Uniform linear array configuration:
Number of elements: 16
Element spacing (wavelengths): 0.75
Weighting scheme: uniform
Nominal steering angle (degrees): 0
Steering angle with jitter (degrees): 0.6362
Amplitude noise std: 0.05
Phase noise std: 0.05

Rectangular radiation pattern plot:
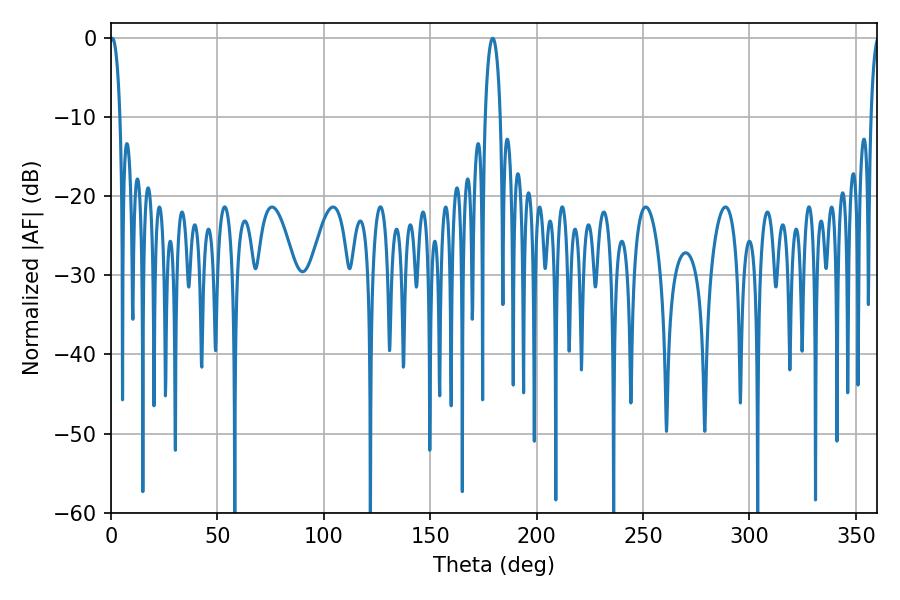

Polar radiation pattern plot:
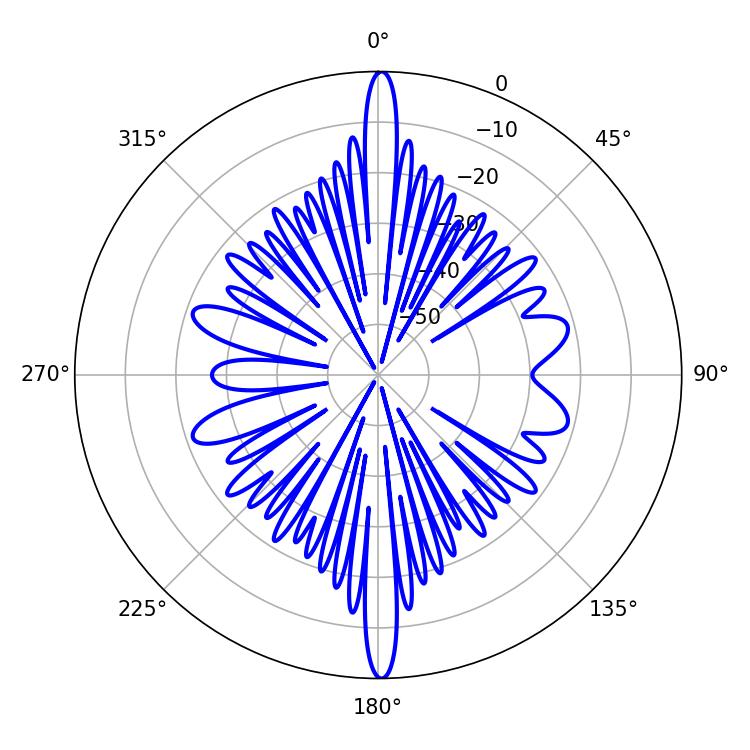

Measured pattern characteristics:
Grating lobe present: TRUE
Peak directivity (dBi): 28.242
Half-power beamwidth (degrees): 4.14
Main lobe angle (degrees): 179.28